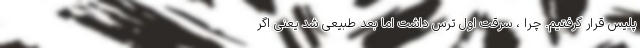
پلیس قرار گرفتیم. چرا ، سرقت اول ترس داشت اما بعد طبیعی شد یعنی اگر